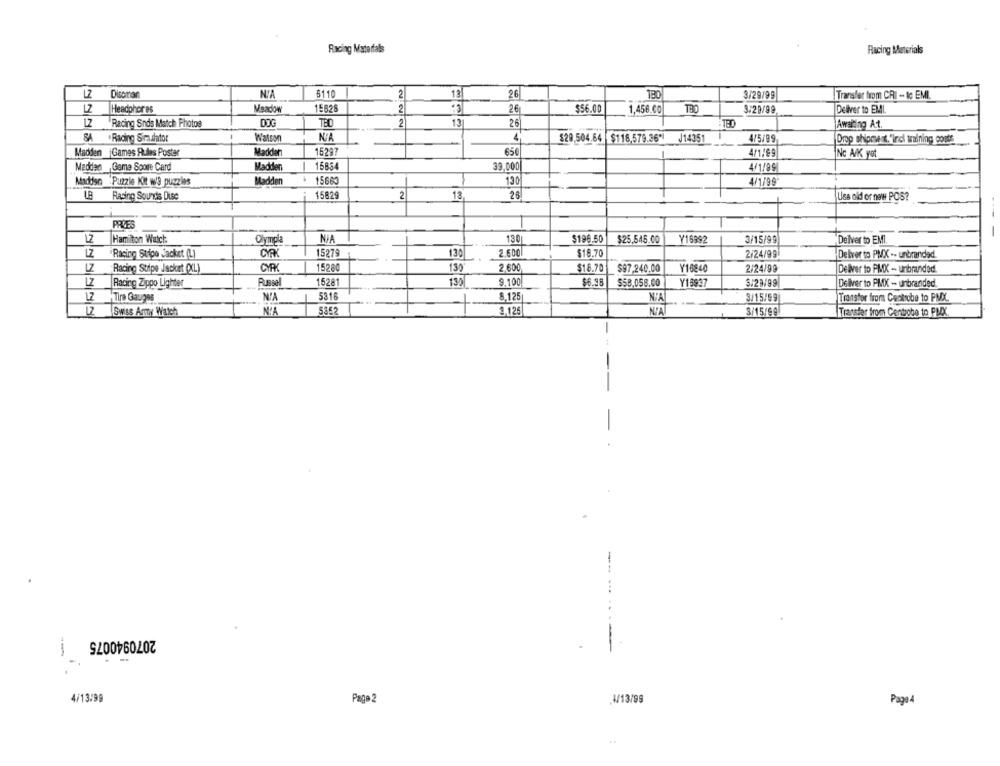
Racing Materials
Racing Materials
13
Disoman
6110
2
26
3/29/99
Transfer from CRI - to EMI.
Headphores
15828
$56.00
TRO
LZ
Meadow
2
26
1,456.00
3.29/99
Deliver to EMI
Racing Sinds Match Photos
DOG
TBC
2
131
26
Awaiting At.
SA .Racing Siradiator
Watson
4
$29.504.64 $118,579.26) J14351
-
4/5/99
Drop shipment."ind training conts
Madden Games Rules Poster
Madder
15297
65€
411/69
Nc A/K yot
Madden Game Score Card
Madden
15834
39.000
4/1/99
Madisn Puzzle Kit w'S puzzles
Madden
15663
130
4/1/99
LB
Rasing Sounds Dise
15829
2
13
28
Uss old or now POS?
PRLES
---
NJA
$196.50
Hamilton Watch
Olympla
130
$25,545.00
Y16992
3/15/99
Deliver to EMI.
LZ
CYRK
15279
13
2.600
$18.70
2/24/99
De brer to PMX -- unbranded.
Racing Stipo Jacket (L)
LZ
CYRK
15280
130
2.600
$18.70
$97.240.00
Y16840
2/24/99
Deliver to PMX - unbranded.
Racing Stipe Jacket (XL)
LZ
Russel
15281
130
9,100
$6.98
SSB.058.60
Y18937
$.29/99
Deliver to PMX - unbranded.
Racing Zippo Lighter
12
Tire Gauges
N'A
5316
1
8.125
NIA
3/15/99
Transfer from Centrobe to PMX.
Swiss Army Watch
N'A
5352
3,125
NIA
3/15/99
Transfer from Centrobo to PMX
-
2070940075
- -.
4/13/99
Page 2
1/13/99
Pago4